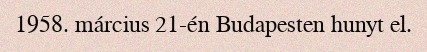
1958. március 21-én Budapesten hunyt el.